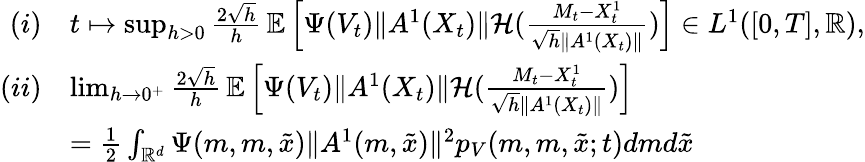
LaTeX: \begin{array}{rl}{(i)}&{t\mapsto\operatorname*{sup}_{h>0}\frac{{2}\sqrt h}{h}\, \mathbb{E}\left[\Psi(V_{t}){\| A^{1}(X_{t})\| }{\cal H}(\frac{M_{t}-X_{t}^{1}}{\sqrt h\| A^{1}(X_{t})\| })\right]\in L^{1}([0,T],{\mathbb R}),}\\ {(ii)}&{\operatorname*{lim}_{h\rightarrow 0^{+}}\frac{{2}\sqrt h}{h}\, \mathbb{E}\left[\Psi(V_{t}){\| A^{1}(X_{t})\| }{\cal H}(\frac{M_{t}-X_{t}^{1}}{\sqrt h\| A^{1}(X_{t})\| })\right]}\\ &{=\frac{1}{2}\int_{{\mathbb R}^{d}}\Psi(m,m,\tilde{x})\| A^{1}(m,\tilde{x})\| {^2}p_{V}(m,m,\tilde{x};t)dmd\tilde{x}}\end{array}